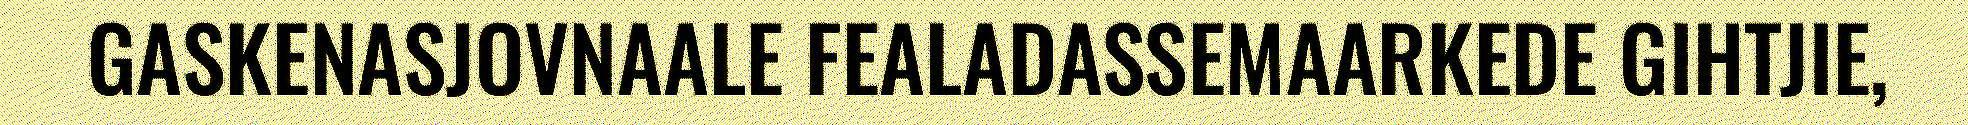
GASKENASJOVNAALE FEALADASSEMAARKEDE GIHTJIE,